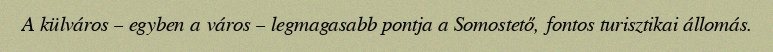
A külváros – egyben a város – legmagasabb pontja a Somostető, fontos turisztikai állomás.